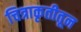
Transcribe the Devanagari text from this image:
चित्राकृतीतून